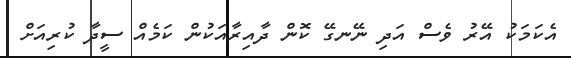
އެކަމަކު އޭރު ވެސް އަދި ނޭނގޭ ކޮން ދާއިރާއަކުން ކަމެއް ސީދާ ކުރިއަށް